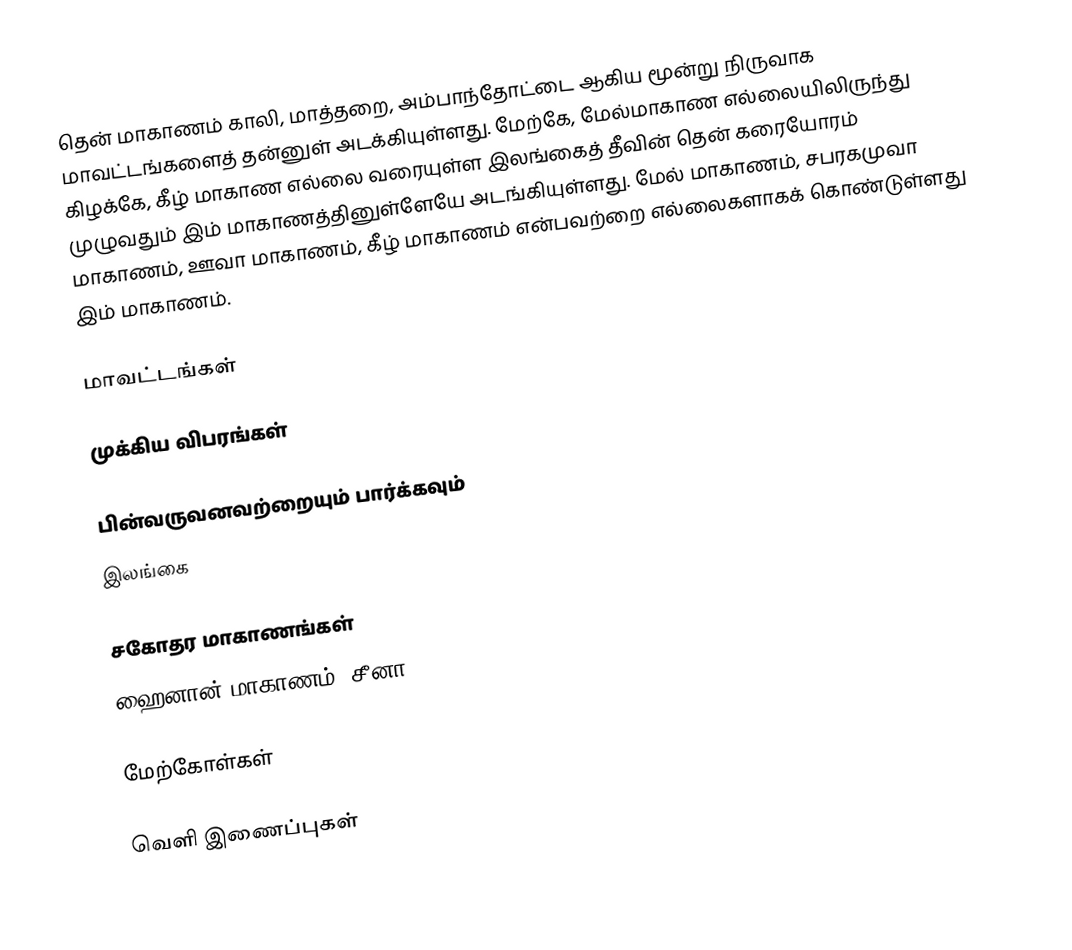
தென் மாகாணம் காலி, மாத்தறை, அம்பாந்தோட்டை ஆகிய மூன்று நிருவாக மாவட்டங்களைத் தன்னுள் அடக்கியுள்ளது. மேற்கே, மேல்மாகாண எல்லையிலிருந்து கிழக்கே, கீழ் மாகாண எல்லை வரையுள்ள இலங்கைத் தீவின் தென் கரையோரம் முழுவதும் இம் மாகாணத்தினுள்ளேயே அடங்கியுள்ளது. மேல் மாகாணம், சபரகமுவா மாகாணம், ஊவா மாகாணம், கீழ் மாகாணம் என்பவற்றை எல்லைகளாகக் கொண்டுள்ளது இம் மாகாணம்.

மாவட்டங்கள்

முக்கிய விபரங்கள்

பின்வருவனவற்றையும் பார்க்கவும்
 இலங்கை

சகோதர மாகாணங்கள்
 ஹைனான் மாகாணம், சீனா

மேற்கோள்கள்

வெளி இணைப்புகள்